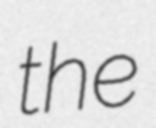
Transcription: the